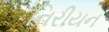
નિરીયન